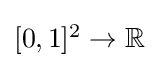
{\textstyle [0,1]^{2}\to \mathbb {R} }